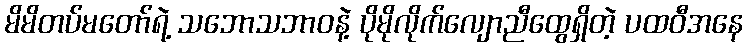
မိမိတပ်မတော်ရဲ့ သဘောသဘာဝနဲ့ ပိုမိုလိုက်လျောညီထွေရှိတဲ့ ပထဝီအနေ